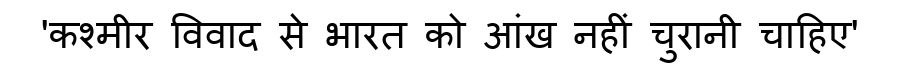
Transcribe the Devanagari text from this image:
'कश्मीर विवाद से भारत को आंख नहीं चुरानी चाहिए'